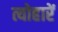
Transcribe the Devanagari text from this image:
त्योहारें